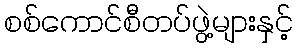
စစ်ကောင်စီတပ်ဖွဲ့များနှင့်